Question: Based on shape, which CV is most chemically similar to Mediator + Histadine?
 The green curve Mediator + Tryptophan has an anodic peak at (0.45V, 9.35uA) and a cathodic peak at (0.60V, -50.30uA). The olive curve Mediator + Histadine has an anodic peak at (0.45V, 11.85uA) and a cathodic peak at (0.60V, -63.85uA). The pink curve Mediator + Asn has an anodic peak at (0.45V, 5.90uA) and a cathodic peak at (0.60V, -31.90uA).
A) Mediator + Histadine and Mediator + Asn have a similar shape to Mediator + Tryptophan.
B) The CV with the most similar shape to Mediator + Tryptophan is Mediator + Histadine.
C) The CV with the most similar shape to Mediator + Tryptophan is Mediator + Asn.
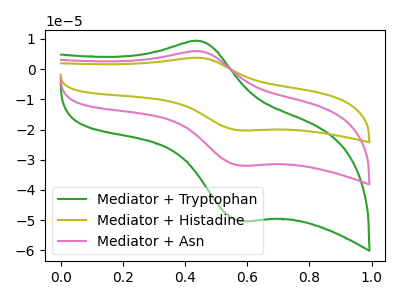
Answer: <think>All the peaks in "Mediator + Tryptophan" have a peak in "Mediator + Histadine" at the same potential. Every peak in "Mediator + Tryptophan" is lower than every peak in "Mediator + Histadine". All the peaks in "Mediator + Tryptophan" have a peak in "Mediator + Asn" at the same potential. Every peak in "Mediator + Tryptophan" is higher than every peak in "Mediator + Asn". All the peaks in "Mediator + Histadine" have a peak in "Mediator + Asn" at the same potential. Every peak in "Mediator + Histadine" is higher than every peak in "Mediator + Asn".
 </think>
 <answer>A) "Mediator + Histadine" and "Mediator + Asn" have a similar shape to "Mediator + Tryptophan".</answer>
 <eval>A</eval>